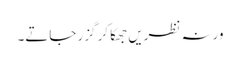
ورنہ نظریں جھکا کر گزر جاتے۔